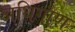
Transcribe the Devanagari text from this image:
अधिगौण